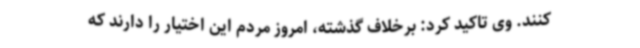
کنند. وی تاکید کرد: برخلاف گذشته، امروز مردم این اختیار را دارند که